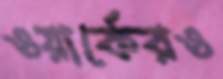
ওয়ার্কেরও